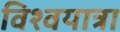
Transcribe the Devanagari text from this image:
विश्वयात्रा